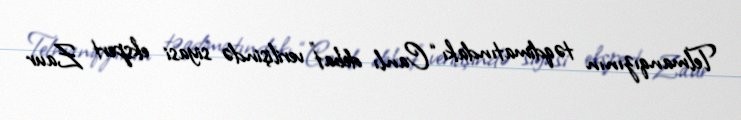
Telmanqızının təqdimatındakı “Canlı debat” verilişində siyasi ekspert Zaur